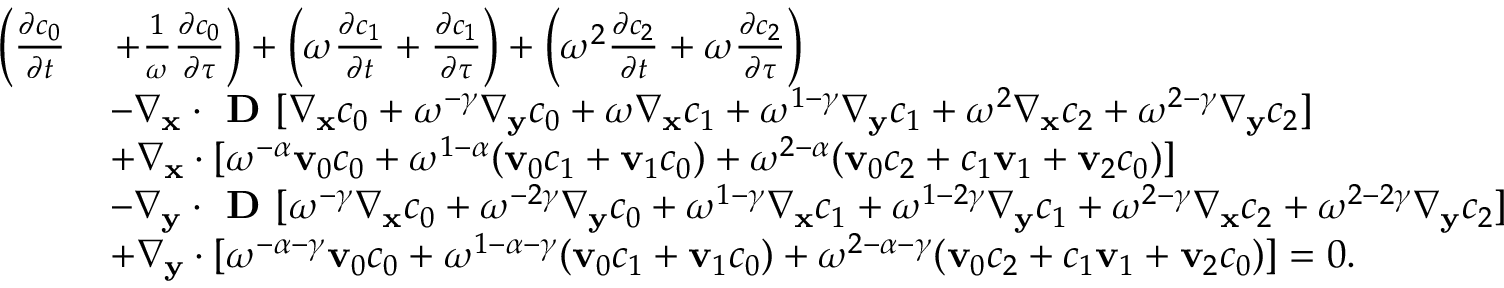
\begin{array} { r l } { \left( \frac { \partial c _ { 0 } } { \partial t } \right. } & { \left. + \frac { 1 } { \omega } \frac { \partial c _ { 0 } } { \partial \tau } \right) + \left( \omega \frac { \partial c _ { 1 } } { \partial t } + \frac { \partial c _ { 1 } } { \partial \tau } \right) + \left( \omega ^ { 2 } \frac { \partial c _ { 2 } } { \partial t } + \omega \frac { \partial c _ { 2 } } { \partial \tau } \right) } \\ & { - \nabla _ { \mathbf x } \cdot \textbf { D } [ \nabla _ { \mathbf x } c _ { 0 } + \omega ^ { - \gamma } \nabla _ { \mathbf y } c _ { 0 } + \omega \nabla _ { \mathbf x } c _ { 1 } + \omega ^ { 1 - \gamma } \nabla _ { \mathbf y } c _ { 1 } + \omega ^ { 2 } \nabla _ { \mathbf x } c _ { 2 } + \omega ^ { 2 - \gamma } \nabla _ { \mathbf y } c _ { 2 } ] } \\ & { + \nabla _ { \mathbf x } \cdot [ \omega ^ { - \alpha } \mathbf v _ { 0 } c _ { 0 } + \omega ^ { 1 - \alpha } ( \mathbf v _ { 0 } c _ { 1 } + \mathbf v _ { 1 } c _ { 0 } ) + \omega ^ { 2 - \alpha } ( \mathbf v _ { 0 } c _ { 2 } + c _ { 1 } \mathbf v _ { 1 } + \mathbf v _ { 2 } c _ { 0 } ) ] } \\ & { - \nabla _ { \mathbf y } \cdot \textbf { D } [ \omega ^ { - \gamma } \nabla _ { \mathbf x } c _ { 0 } + \omega ^ { - 2 \gamma } \nabla _ { \mathbf y } c _ { 0 } + \omega ^ { 1 - \gamma } \nabla _ { \mathbf x } c _ { 1 } + \omega ^ { 1 - 2 \gamma } \nabla _ { \mathbf y } c _ { 1 } + \omega ^ { 2 - \gamma } \nabla _ { \mathbf x } c _ { 2 } + \omega ^ { 2 - 2 \gamma } \nabla _ { \mathbf y } c _ { 2 } ] } \\ & { + \nabla _ { \mathbf y } \cdot [ \omega ^ { - \alpha - \gamma } \mathbf v _ { 0 } c _ { 0 } + \omega ^ { 1 - \alpha - \gamma } ( \mathbf v _ { 0 } c _ { 1 } + \mathbf v _ { 1 } c _ { 0 } ) + \omega ^ { 2 - \alpha - \gamma } ( \mathbf v _ { 0 } c _ { 2 } + c _ { 1 } \mathbf v _ { 1 } + \mathbf v _ { 2 } c _ { 0 } ) ] = 0 . } \end{array}